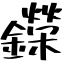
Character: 鑅